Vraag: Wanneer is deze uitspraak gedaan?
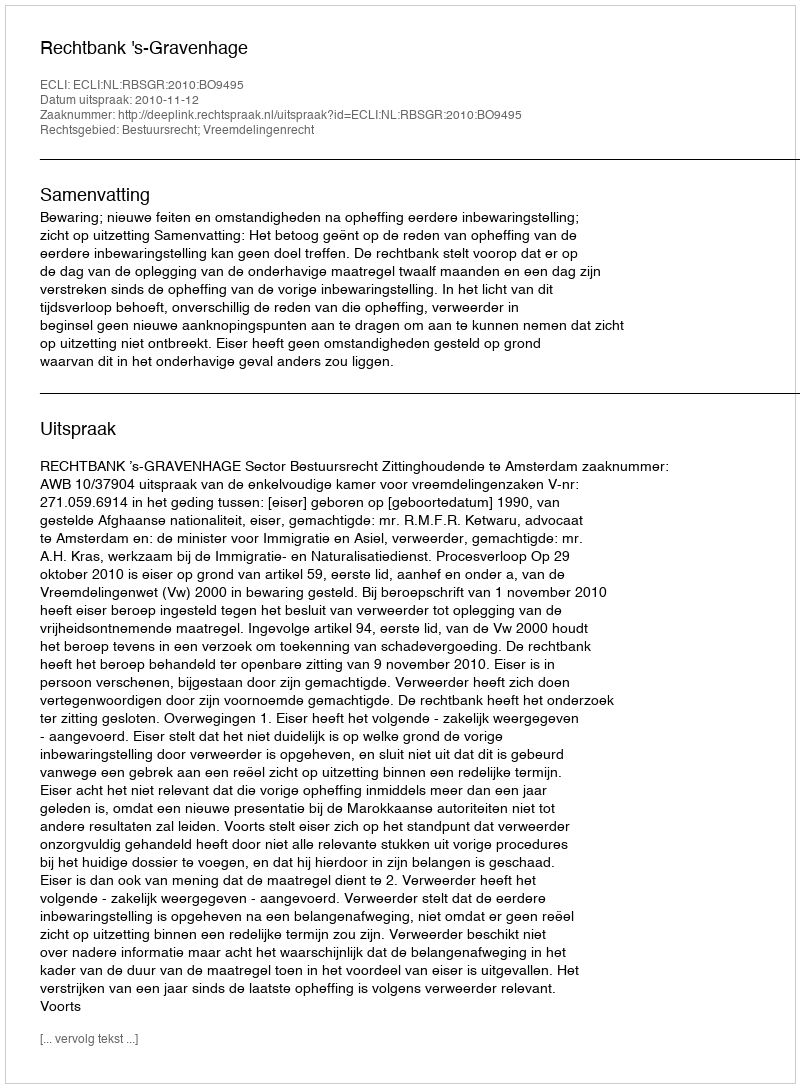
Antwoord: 2010-11-12